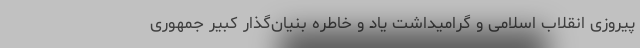
پیروزی انقلاب اسلامی و گرامیداشت یاد و خاطره بنیان­گذار کبیر جمهوری